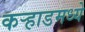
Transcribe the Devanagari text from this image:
कर्‍हाडमध्ये